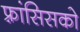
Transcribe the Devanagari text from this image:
फ़्रांसिसको